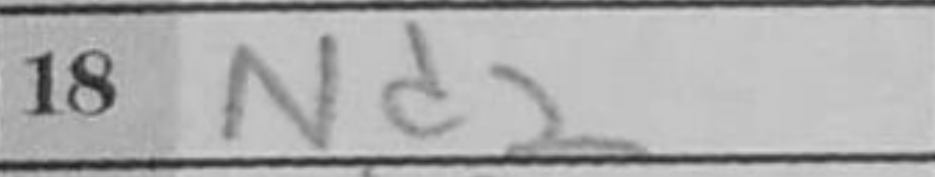
Transcription: Nd2